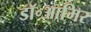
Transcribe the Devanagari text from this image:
डॉ॰आमिर